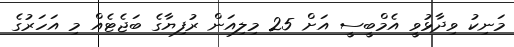
މަނިކު ވިދާޅުވީ އެމްބީސީ އަށް 25 މިލިއަން ރުފިޔާގެ ބަޖެޓެއް މި އަހަރުގެ